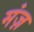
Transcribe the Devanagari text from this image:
मंज़